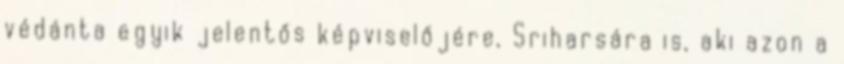
védánta egyik jelentős képviselőjére, Sriharsára is, aki azon a